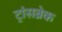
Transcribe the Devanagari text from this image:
ट्रांसब्रेक